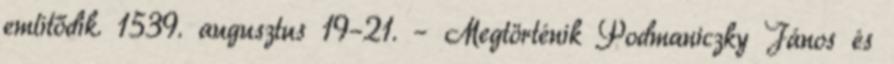
említődik. 1539. augusztus 19–21. – Megtörténik Podmaniczky János és